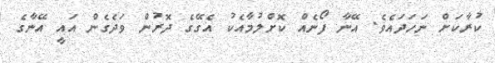
ކުރާކަށް ނަހަދައެވެ. އޭނާ ފޯނެއް ކޮށްލުމާއެކު އެގޭގެ ދޮރުން ވަދެގެން އައީ އޭނާގެ